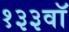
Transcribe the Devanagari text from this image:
१३३वॉ